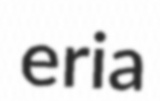
eria